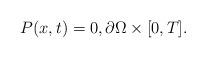
LaTeX: \begin{align*}P(x, t) =0, \partial \Omega \times [0, T].\end{align*}